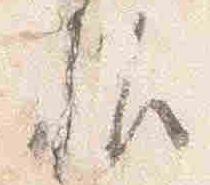
佐